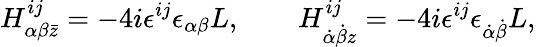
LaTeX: H_{\alpha\beta\bar{z}}^{ij}=-4i\epsilon^{ij}\epsilon_{\alpha\beta}L,\qquad H_{\dot{\alpha}\dot{\beta}z}^{ij}=-4i\epsilon^{ij}\epsilon_{\dot{\alpha}\dot{\beta}}L,